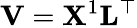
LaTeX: \mathbf{V}=\mathbf{X}^{1}\mathbf{L}^{\top}